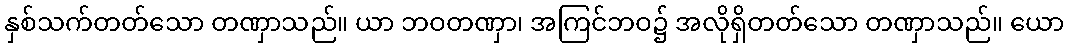
နှစ်သက်တတ်သော တဏှာသည်။ ယာ ဘဝတဏှာ၊ အကြင်ဘဝ၌ အလိုရှိတတ်သော တဏှာသည်။ ယော